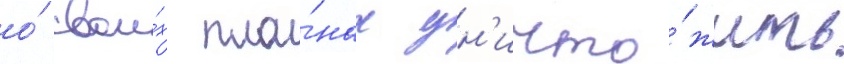
о́ свои́х пла́нах ун'ичто́жить